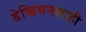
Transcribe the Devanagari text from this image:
डेव्हिसनलाही